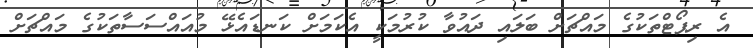
އެ ރިޕޯޓްތަކުގެ މައްޗަށް ބަލައި ދައުވާ ކުރުމަކީ އެކަމަށް ކަނޑައެޅޭ މުއައްސަސާތަކުގެ މައްޗަށް